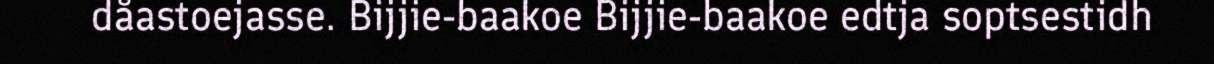
dåastoejasse. Bijjie-baakoe Bijjie-baakoe edtja soptsestidh